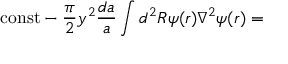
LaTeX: \mathrm { c o n s t } - \frac { \pi } { 2 } y ^ { 2 } \frac { d a } { a } \int d ^ { 2 } R \psi ( r ) \nabla ^ { 2 } \psi ( r ) =